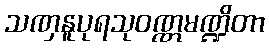
သဏှနူပုရသုဝဏ္ဏမဏ္ဍိတာ